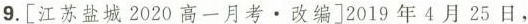
9.[江苏盐城2020高一月考·改编]2019年4月25日，